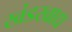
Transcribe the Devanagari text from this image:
खंडखाद्य